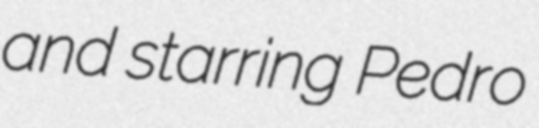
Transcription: and starring Pedro